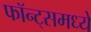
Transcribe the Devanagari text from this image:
फॉन्ट्‌समध्ये